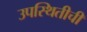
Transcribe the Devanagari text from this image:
उपस्थितीची